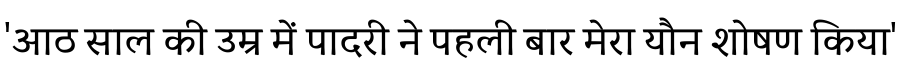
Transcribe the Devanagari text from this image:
'आठ साल की उम्र में पादरी ने पहली बार मेरा यौन शोषण किया'